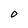
Character: O